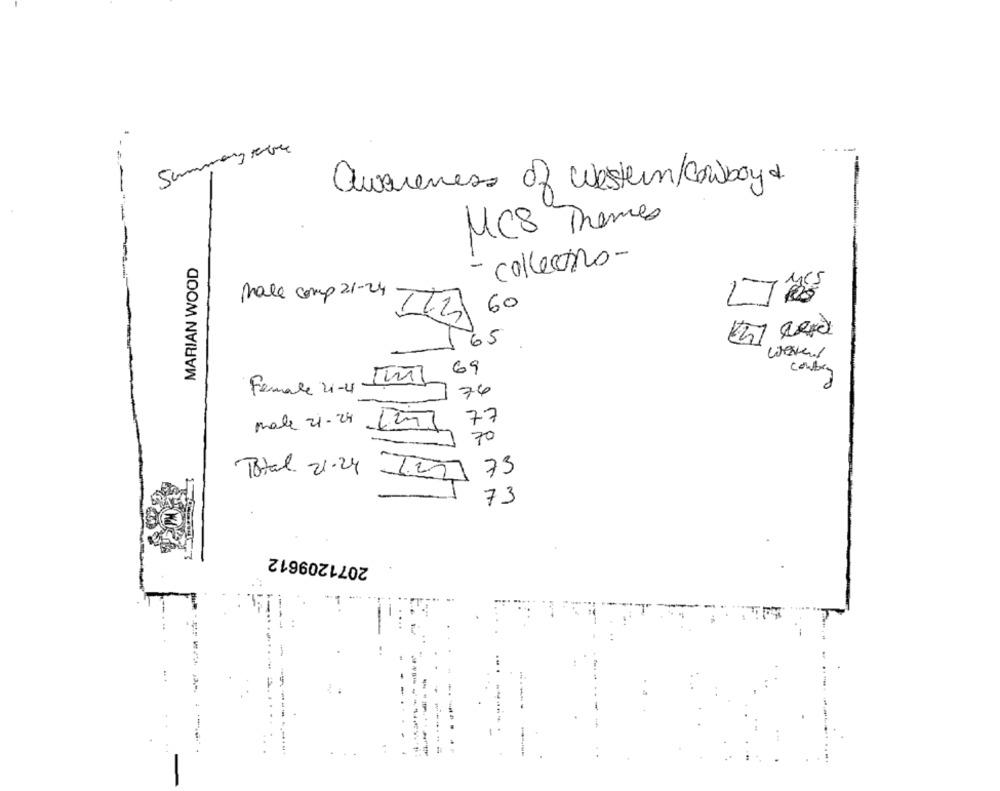
Summen avre
awareness of Western/cowboy&.
MCS Themes
MARIAN WOOD
- collectro-
Male comp 21-24
IT2 60
65
werkend
69
conberg
Female 21-4
76
77
male 21-24
70
Total. 21.24
73
73
2071209612
....
-----
......
-----....